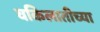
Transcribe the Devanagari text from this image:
वकिलातीच्या